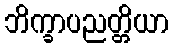
ဘိက္ခာပညတ္တိယာ